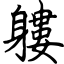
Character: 軁